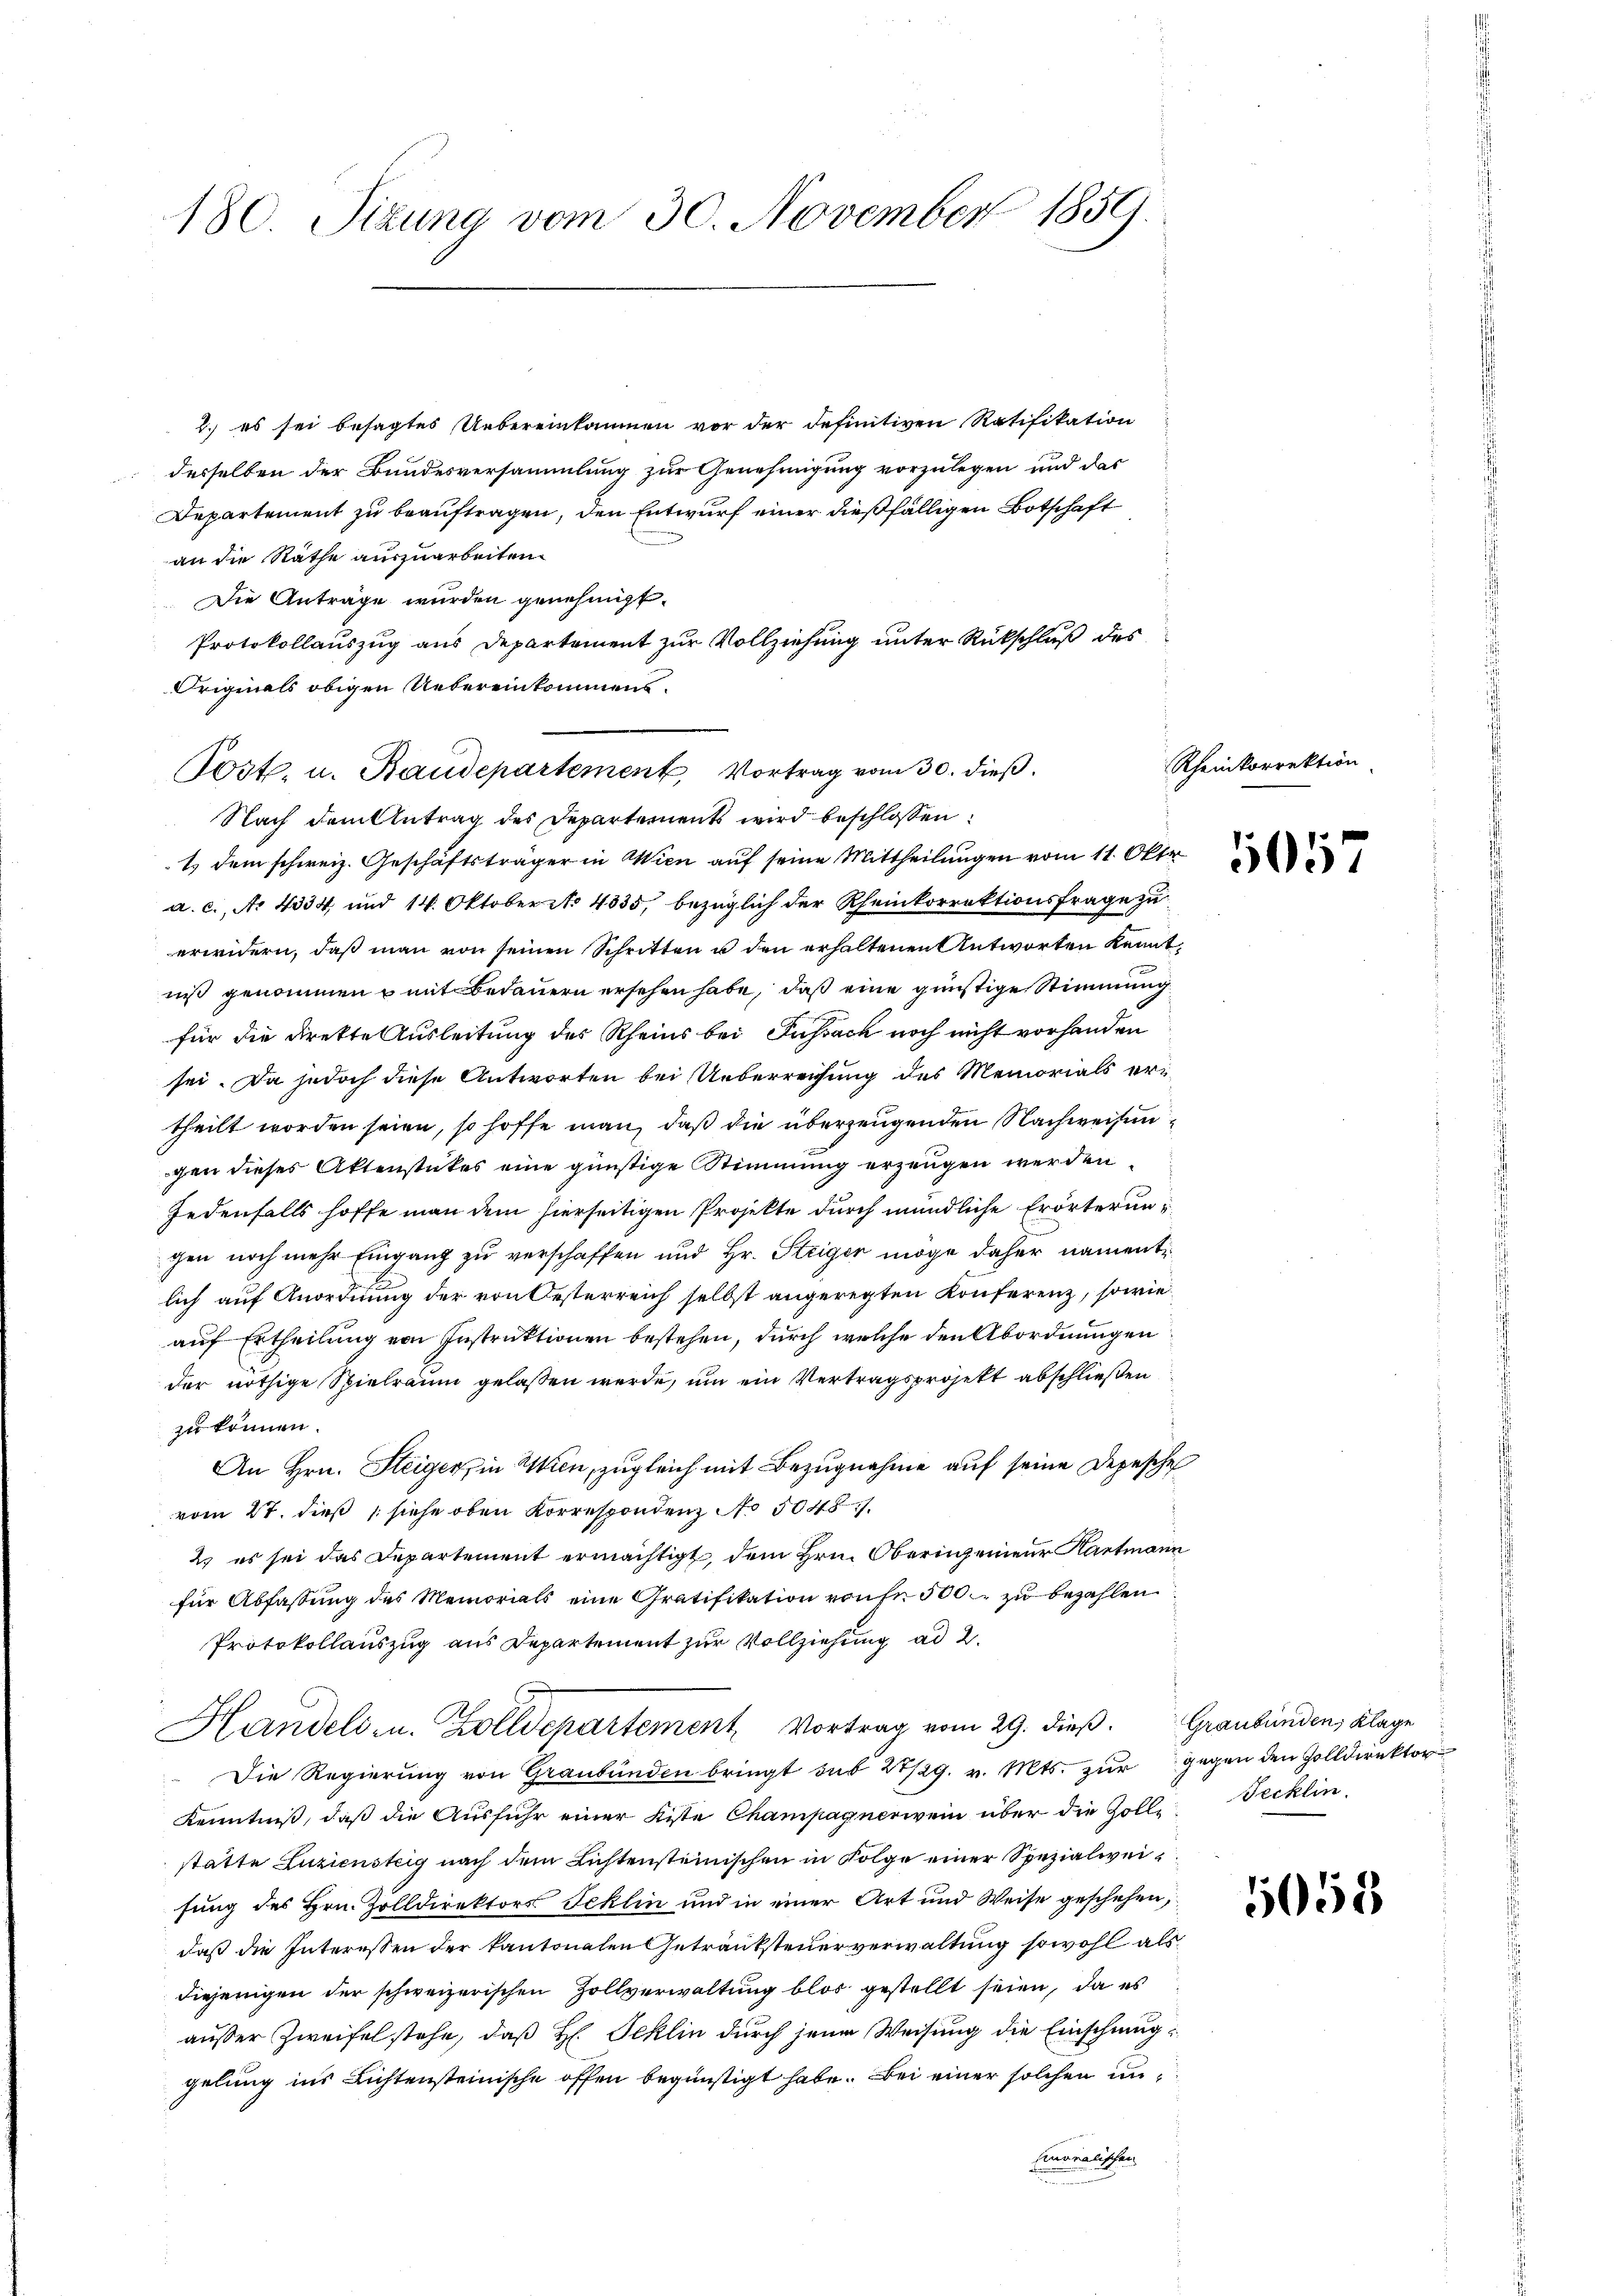
180. Sizung vom 30. November 1859.

2. es sei besagtes Uebereinkommen vor der definitiven Ratifikation
desselben der Bundesversammlung zur Genehmigung vorzulegen und das
Departement zu beauftragen, den Entwurf einer dießfälligen Botschaft
an die Rathe auszuarbeiten.
Die Antrage wurden genehmigt.
Protokollauszug aus Departement zur Vollziehung unter Rückschluß des
Originals obigen Uebereinkommens.
Nach dem Antrag des Departement wird beschlossen:
1.) dem schweiz. Geschäftsträger in Wien auf seine Mittheilungen vom 11. Okto
a. c., No 4334 und 14. Oktobert. 4335, bezüglich der Rheinkorrektionsfrage zu
erwidern, daß man von seinen Schritten u den erhaltenen Antworten kennt,
niß genommen u mit Bedauern ersehen habe, daß eine günstige Stimmung
für die Direkte Ausleitung des Rheins bei Fussach noch nicht vorhanden
sei. Da jedoch diese Antworten bei Ueberreichung des Memorials eri
theilt worden seien, so hoffe man, daß die überzeugenden Nachweisengen dieses Aktenstückes eine günstige Stimmung erzeugen werden.
Jedenfalls hoffe man dem hierseitigen Projekte durch mündliche Erörterungen noch mehr Eingang zu verschaffen und Hr. Steiger möge daher namentilich auf Anordnung der von Oesterreich selbst angeregten Konferenz, sowie
auf Ertheilung von Instruktionen bestehen, durch welche den Abordnungen
der nöthige Spielraum gelassen werde, um ein Vertragsprojekt abschließen
zu können.
An Hrn. Steiger in Wien, zugleich mit Bezugnahme auf seine Depesche
vom 27. dieß (siehe oben Korrespondenz No 50487.
2. es sei das Departement ermächtigt, dem Hrn. Oberingenieur Kartmann
für Abfassung des Memorials eine Gratifikation von 500 zu bezahlen
Protokollauszug aus Departement zur Vollziehung ad 2.
Handels- u. Zolldepartement, Vortrag vom 29. dieß. Graubünden, Klage
 Die Regierung von Graubünden bringt sub 28/29. v. Mts. zur gegen den Zolldirektor
Kenntniß, daß die Ausfuhr einer Kiste Champagnerwein über die Zolle. Tecklin,
stätte Zuziensteig nach dem Lichtensteinischen in Folge einer Spezialweifung des Hrn. Zolldirektors Teklin und in einer Art und Weise geschehen,
daß die Interessen der kantonalen Getränksteuerverwaltung sowohl als
diejenigen der schweizerischen Zollverwaltung blos gestellt seien, da es
außer Zweifel stehe, daß H. Teklin durch jene Weisung die Einschmuggelung ins Richtensteinische offen begünstigt habe. Bei einer solchen unmoralischen

Post. u. Baudepartement, Vortrag vom 30. dieß.

Rheinkorrektion

5057

1058